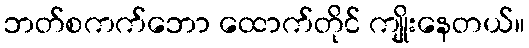
ဘတ်စကက်ဘော ထောက်တိုင် ကျိုးနေတယ်။